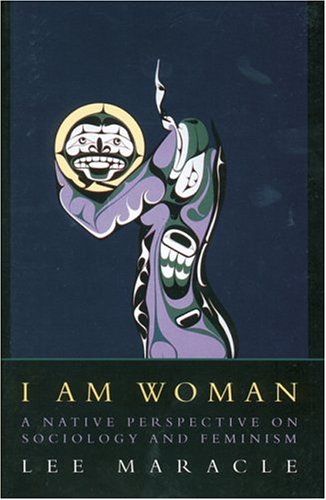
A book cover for I Am Woman: A Native Perspective on Sociology and Feminism; Lee Maracle; Gay & Lesbian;